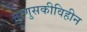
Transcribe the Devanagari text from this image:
माणुसकीविहीन